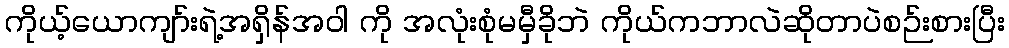
ကိုယ့်ယောကျာ်းရဲ့အရှိန်အဝါ ကို အလုံးစုံမမှီခိုဘဲ ကိုယ်ကဘာလဲဆိုတာပဲစဉ်းစားပြီး